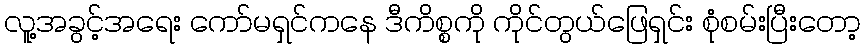
လူ့အခွင့်အရေး ကော်မရှင်ကနေ ဒီကိစ္စကို ကိုင်တွယ်ဖြေရှင်း စုံစမ်းပြီးတော့